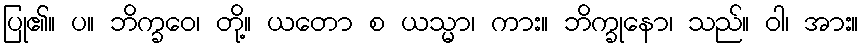
ပြု၏။ ပ။ ဘိက္ခဝေ၊ တို့။ ယတော စ ယသ္မာ၊ ကား။ ဘိက္ခုနော၊ သည်။ ဝါ၊ အား။